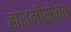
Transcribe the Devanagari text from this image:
हाशमीसोबत